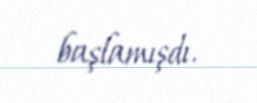
başlamışdı.